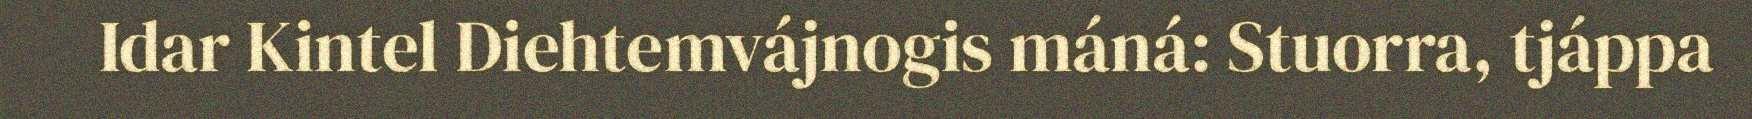
Idar Kintel Diehtemvájnogis máná: Stuorra, tjáppa